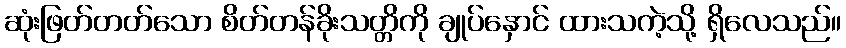
ဆုံးဖြတ်တတ်သော စိတ်တန်ခိုးသတ္တိကို ချုပ်နှောင် ထားသကဲ့သို့ ရှိလေသည်။